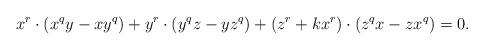
LaTeX: \begin{align*}x^r\cdot (x^qy-xy^q) + y^r\cdot (y^qz-yz^q) + (z^r+kx^r)\cdot (z^qx - zx^q)=0.\end{align*}